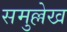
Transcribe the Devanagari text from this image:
समुल्लेख